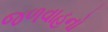
જળવાહનો